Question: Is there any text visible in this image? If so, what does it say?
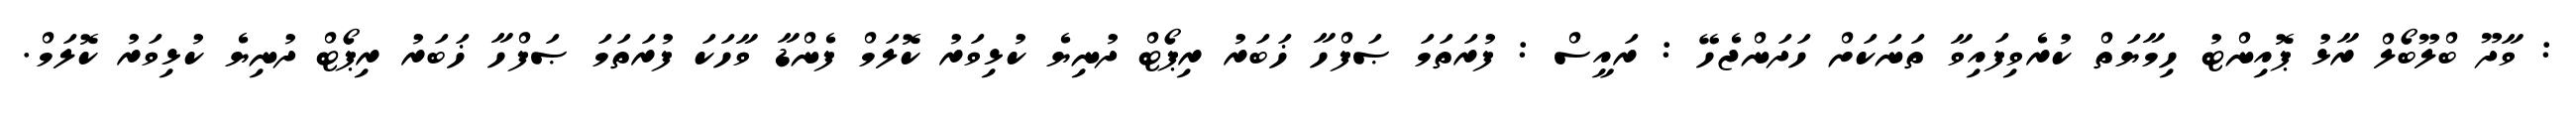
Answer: : ވާދޫ ބްލޫބޯލް ރާޅު ޕޮއިންޓު ހިމާޔަތް ކުރެވިފައިވާ ތަނަކަށް ހަދަންޖެހޭ : ރައީސް : ފުރަތަމަ ޞަފްހާ ޚަބަރު ރިޕޯޓް ދުނިޔެ ކުޅިވަރު ކޮލަމް ފެންޑާ ވާހަކަ ފުރަތަމަ ޞަފްހާ ޚަބަރު ރިޕޯޓް ދުނިޔެ ކުޅިވަރު ކޮލަމް.